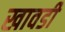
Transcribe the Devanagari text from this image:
खावडी